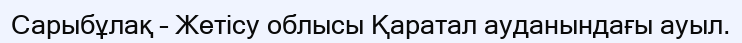
Сарыбұлақ – Жетісу облысы Қаратал ауданындағы ауыл.